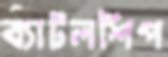
ব্যাটলশিপ